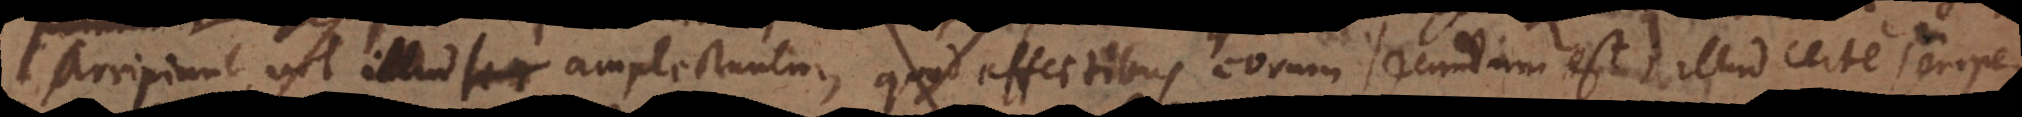
arripiunt, vel illud amplectuntur, quod effectibus eorum secundum est; illud certe semper